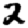
Digit: 2